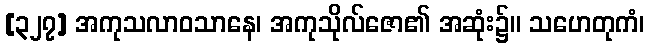
[၃၂၇] အကုသလာဝသာနေ၊ အကုသိုလ်ဇော၏ အဆုံး၌။ သဟေတုကံ၊